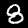
Digit: 8